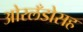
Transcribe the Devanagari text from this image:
ओरलँडोसह